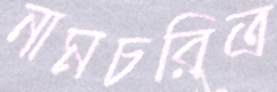
নামচরিত্র